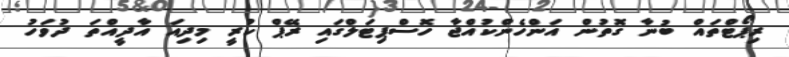
ރިޕޯޓްތައް ބުނާ ގޮތުން އަންހެންކުއްޖާ ހޮސްޕިޓަލްގައި ރޭޕް ކުރީ މިދިއަ އާދީއްތަ ދުވަހު